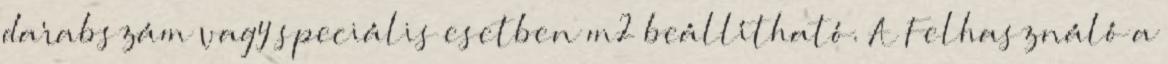
darabszám vagy speciális esetben m2 beállítható. A Felhasználó a